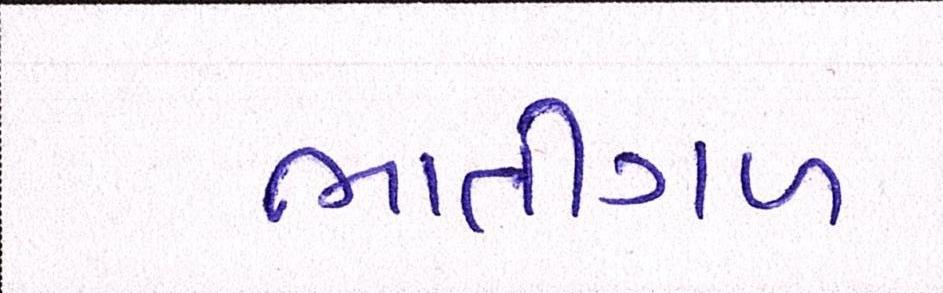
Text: ભાતીગળ